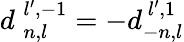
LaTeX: d_{\; n,l}^{\; l^{\prime},-1}=-d_{-n,l}^{\ l^{\prime},1}